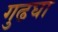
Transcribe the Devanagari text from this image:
गुढघा